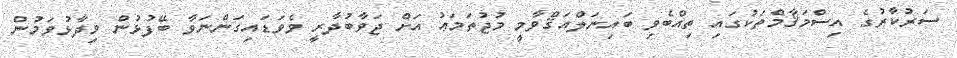
ސަރުކާރުގެ އިސްމަޤާމްތަކުގައި ތިއްބެވި ބައިނަލްއަޤްވާމީ މުޖުތަމަޢު އަށް ޖަވާބުދާރީ ވެވަޑައިގަންނަވާ ބޭފުޅުން ވިދާޅުވަމުން